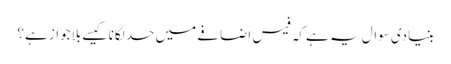
بنیادی سوال یہ ہے کہ فیس اضافے میں حد لگانا کیسے بلاجواز ہے؟